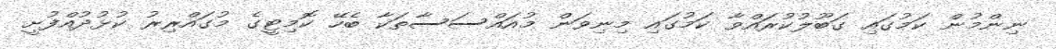
ނިންމުން ކަމުގައި ގަބޫލުކުރައްވާ ކަމުގައި މިނިވަން މުއައްސަސާތަކާ ބެހޭ ކޮމިޓީގެ މުގައްރިރު ކުޅުދުއްފުށީ